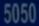
5050